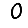
Digit: 0